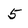
Character: 5